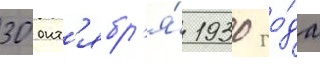
30 окт'ябр'я́ 1930 го́да